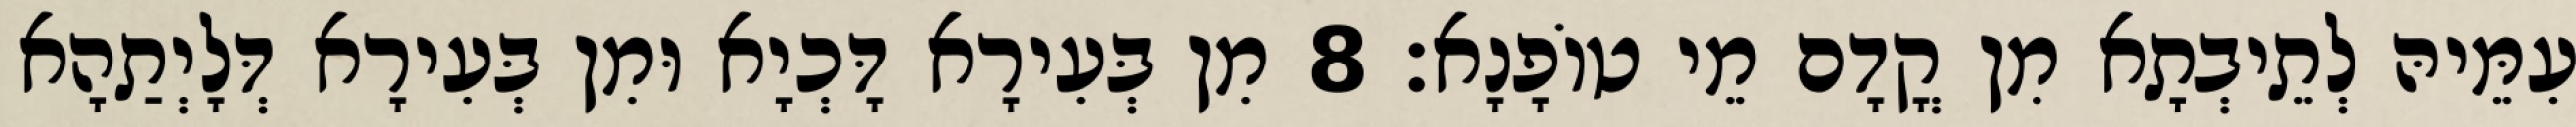
עִמֵּיהּ לְתֵיבְתָא מִן קֳדָם מֵי טוֹפָנָא׃ 8 מִן בְּעִירָא דָּכְיָא וּמִן בְּעִירָא דְּלָיְתַהָא